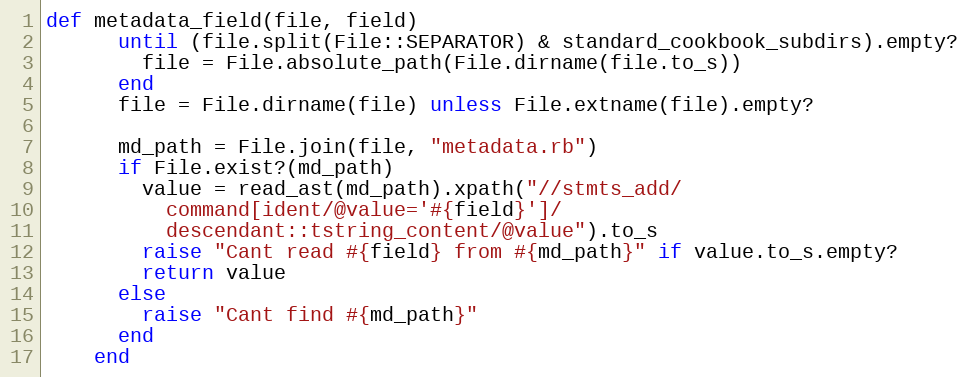
Language: Ruby
def metadata_field(file, field)
      until (file.split(File::SEPARATOR) & standard_cookbook_subdirs).empty?
        file = File.absolute_path(File.dirname(file.to_s))
      end
      file = File.dirname(file) unless File.extname(file).empty?

      md_path = File.join(file, "metadata.rb")
      if File.exist?(md_path)
        value = read_ast(md_path).xpath("//stmts_add/
          command[ident/@value='#{field}']/
          descendant::tstring_content/@value").to_s
        raise "Cant read #{field} from #{md_path}" if value.to_s.empty?
        return value
      else
        raise "Cant find #{md_path}"
      end
    end